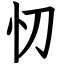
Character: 忉